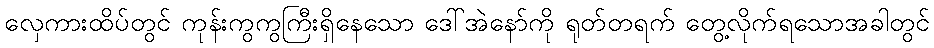
လှေကားထိပ်တွင် ကုန်းကွကွကြီးရှိနေသော ဒေါ်အဲနော်ကို ရုတ်တရက် တွေ့လိုက်ရသောအခါတွင်